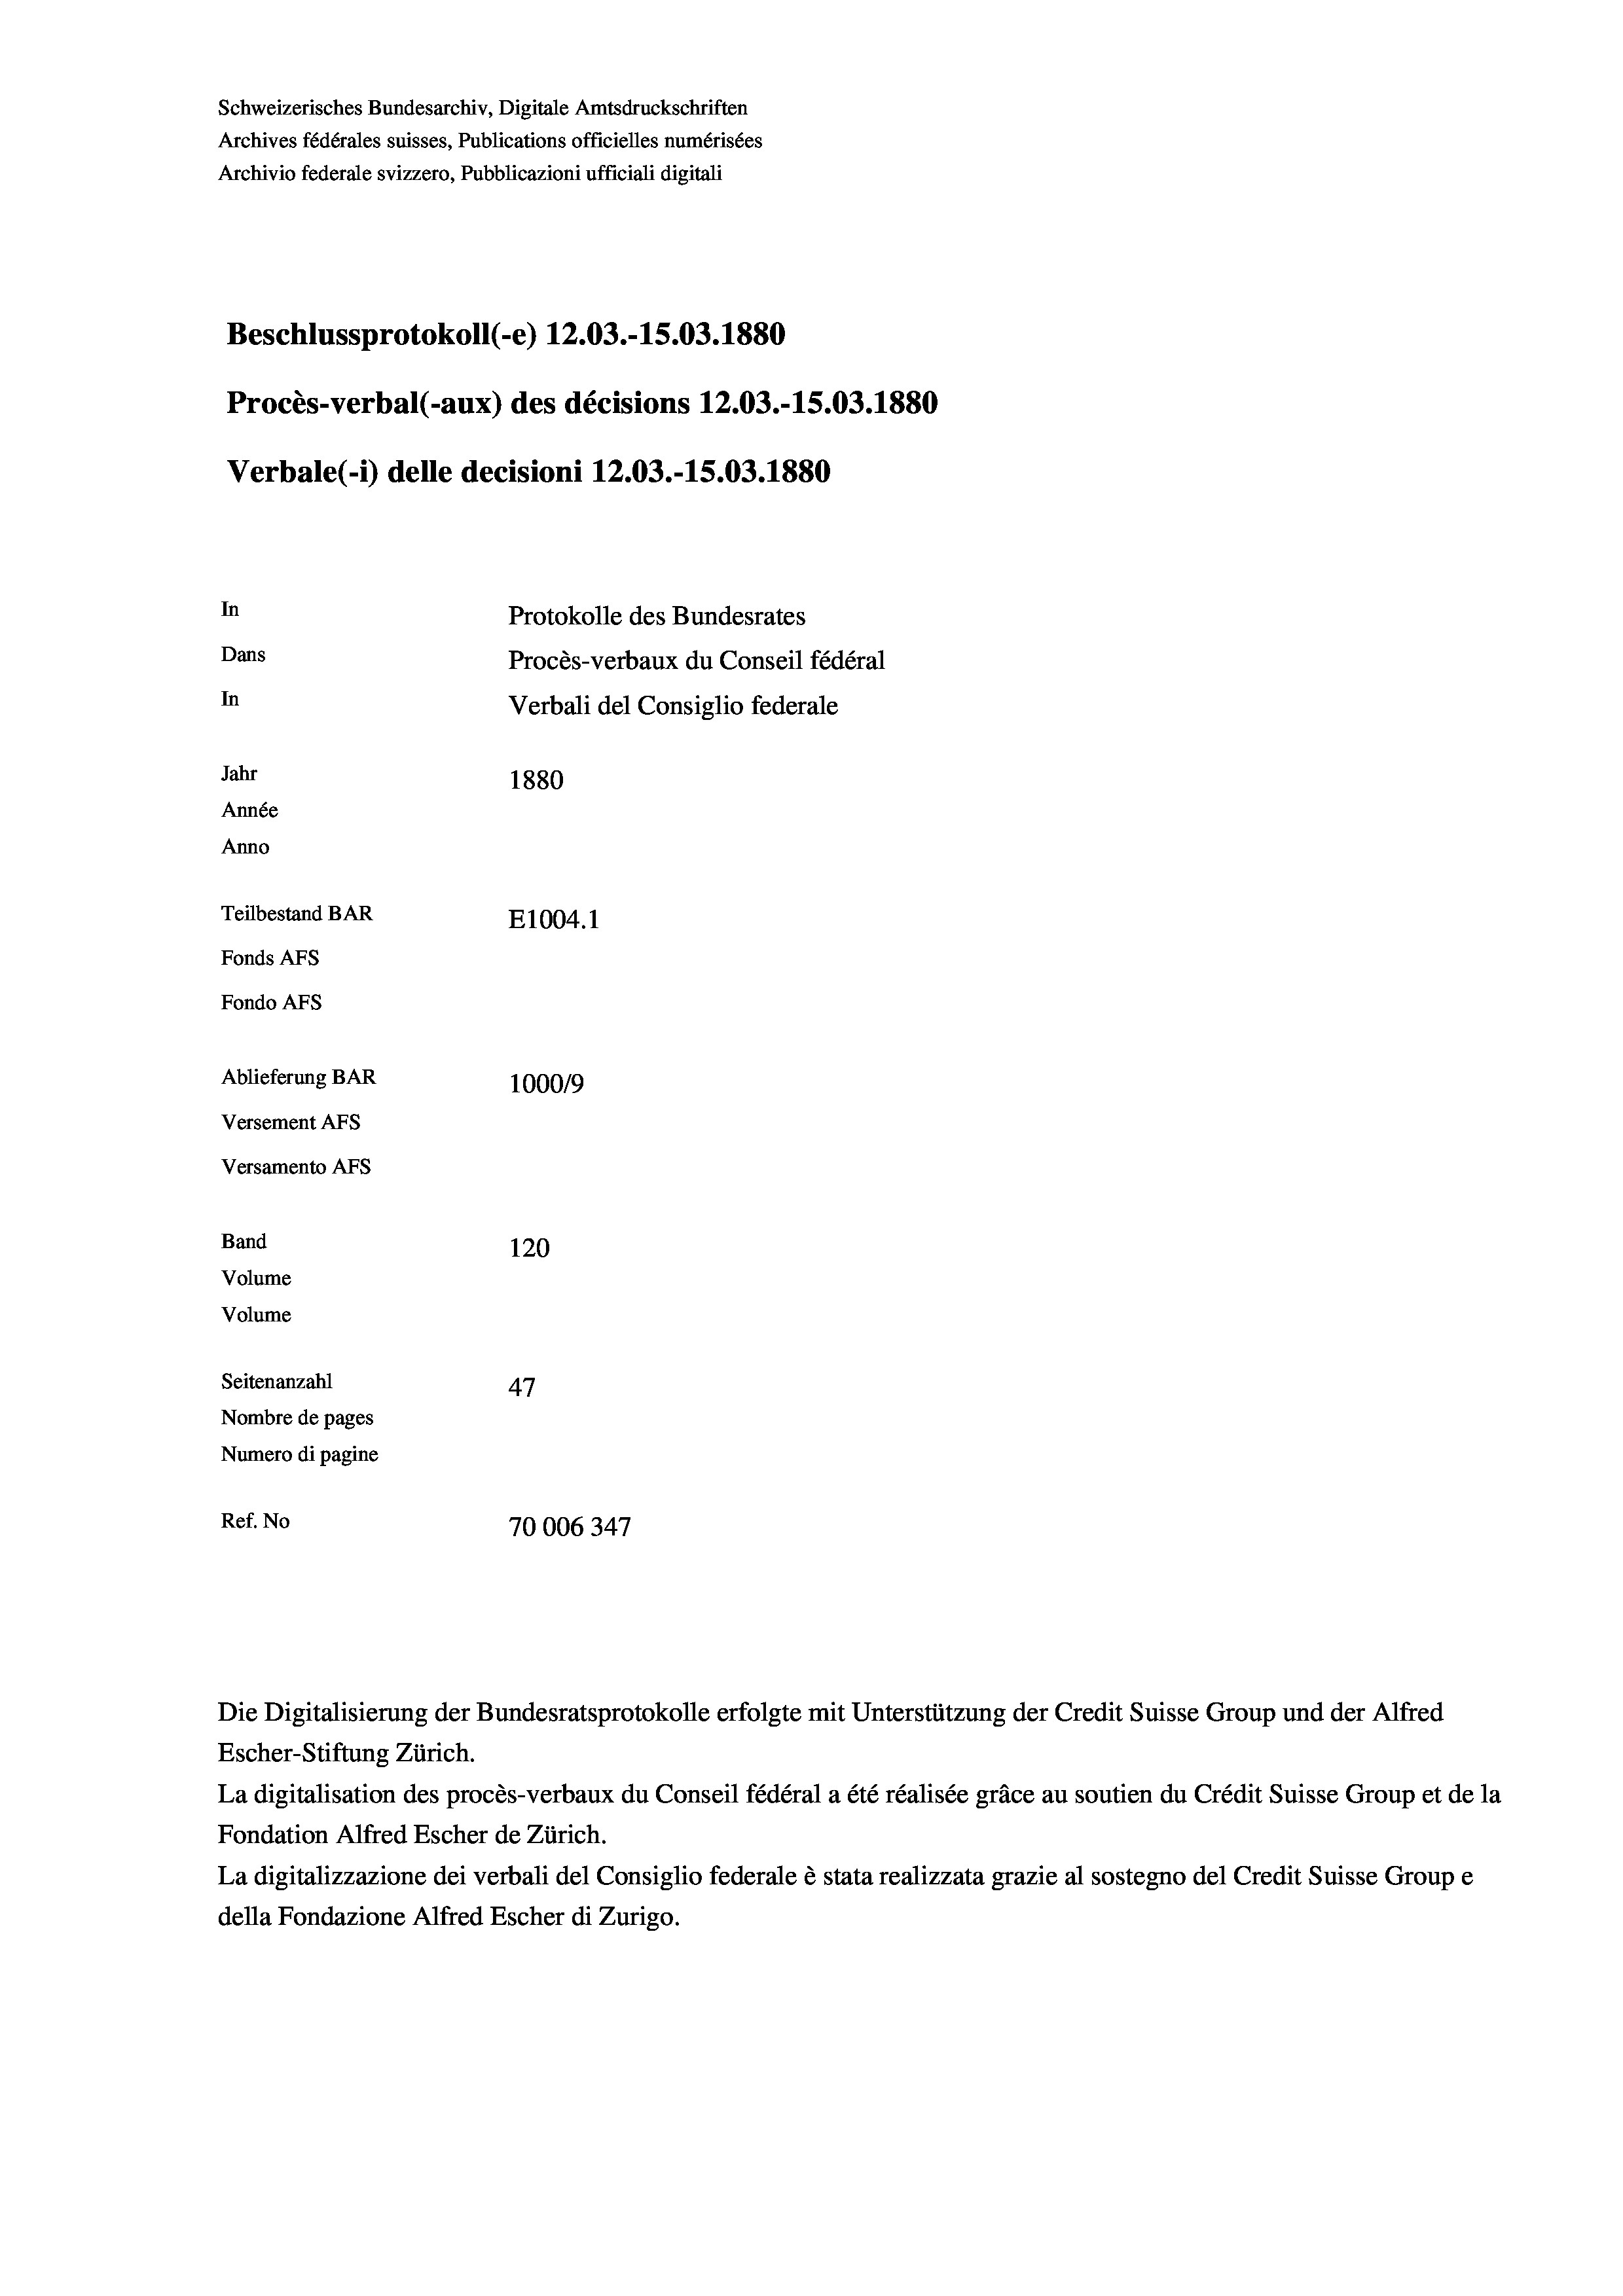
Schweizerisches Bundesarchiv, Digitale Amtsdruckschriften
Archives fédérales suisses, Publications officielles numérisées
Archivio federale svizzero, Pubblicazioni ufficiali digitali
Beschlussprotokoll (-e) 12.03.-15.03. 1880
Procès-verbal (-aux) des décisions 12.03.-15.03. 1880
Verbale(-*) delle decisioni 12.03.-15.03. 1880
In
Protokolle des Bundesrates
Dans
Procès-verbaux du Conseil fédéral
In
Verbali del Consiglio federale
Jahr
1880
Année
Anno
Teilbestand BAR
E1004.1
Fonds AFs
Fondo Afs
Ablieferung BAR
100019
Versement AFs
Versamento Afs
Band
120
Volume
Volume

Seitenanzahl
47
Nombre de pages
Numero di pagine
Ref. No
70006347

Die Digitalisierung der Bundesratsprotokolle erfolgte mit Unterstützung der Credit Suisse Group und der Alfred
Escher-Stiftung Zürich.
La digitalisation des procès-verbaux du Conseil fédéral a été réalisée gräce au soutien du Crédit Suisse Group et de la
Fondation Alfred Escher de Zürich.
La digitalizzazione dei verbali del Consiglio federale è stata realizzata grazie al sostegno del Credit Suisse Groupe
della Fondazione Alfred Escher di Zurigo.